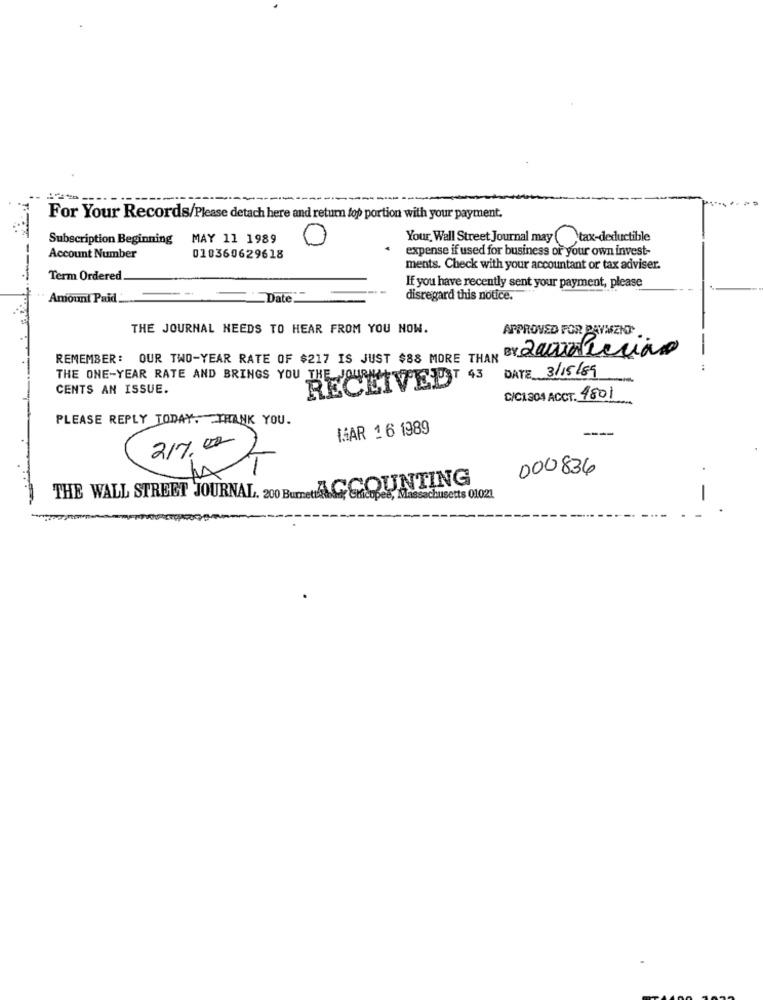
For Your Records/Please detach here and return top portion with your payment.
Subscription Beginning
MAY 11 1989
0
Your, Wall Street Journal may ( tax-deductible
expense if used for business or your own invest-
Account Number
018360629618
ments. Check with your accountant or tax adviser.
Term Ordered.
If you have recently sent your payment, please
Amount Paid.
Date_
disregard this notice.
THE JOURNAL NEEDS TO HEAR FROM YOU NOW.
APPROVED FOR PAYMENT
REMEMBER: OUR TWO-YEAR RATE OF $217 IS JUST $88 MORE THAN BY Lacantierian
-
DATE 3/15/89
THE ONE-YEAR RATE AND BRINGS YOU THE JOURNEYOSJUST 43
CENTS AN ISSUE.
C/C1304 ACCT. 4801
PLEASE REPLY TODAY. THANK YOU.
MAR 1 6 1989
217.00)
hx1
000836
THE WALL STREET JOURNAL, 200 BumedACCOUNTING
, Massachusetts 01021